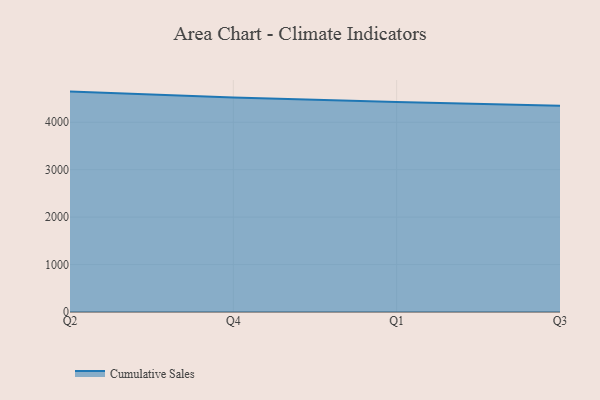
{"axis": {"x": "Quarter", "y": "Website Visitors"}, "legend": ["Cumulative Sales"], "data": [{"x": "Q2", "y": 4646.6, "type": "Cumulative Sales"}, {"x": "Q4", "y": 4521.7, "type": "Cumulative Sales"}, {"x": "Q1", "y": 4428.6, "type": "Cumulative Sales"}, {"x": "Q3", "y": 4350.1, "type": "Cumulative Sales"}]}